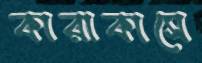
কারাকাসে